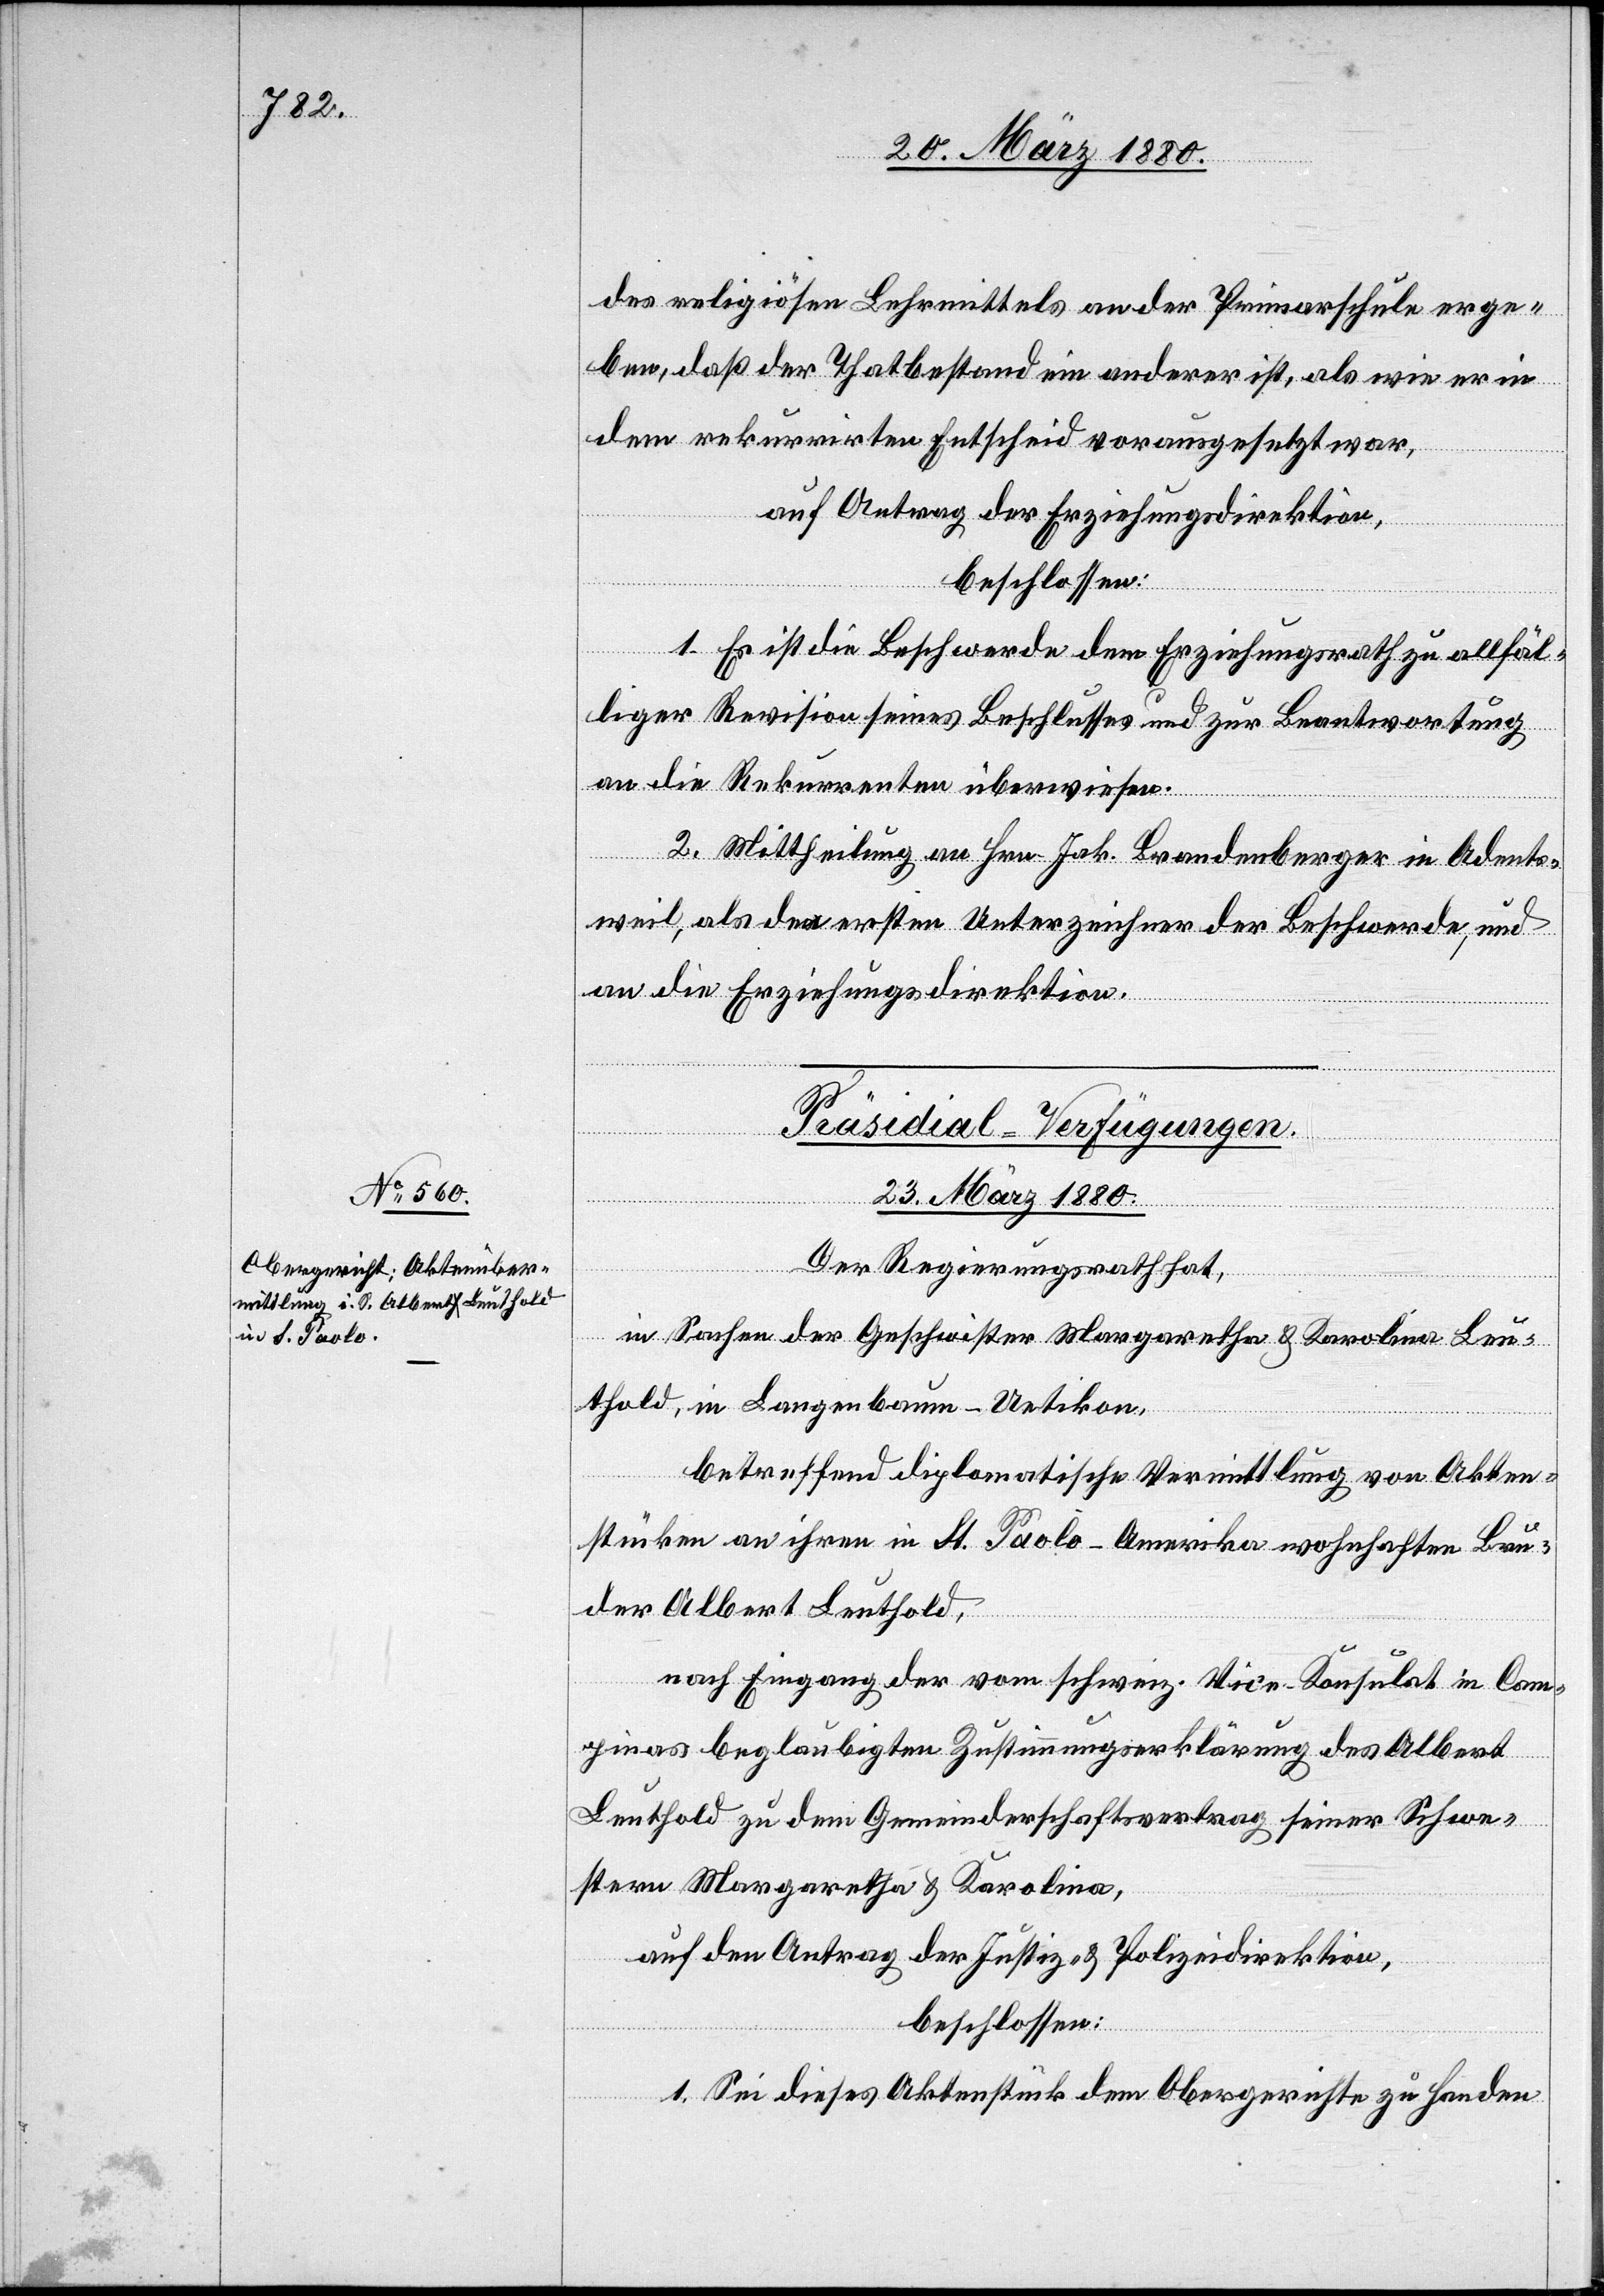
des religiösen Lehrmittels an der Primarschule erge¬
ben, daß der Thatbestand ein anderer ist, als wie er in
dem rekurrirten Entscheid vorausgesetzt war,
auf Antrag der Erziehungsdirektion,
beschlossen:
1. Es ist die Beschwerde dem Erziehungsrath zu allfäl¬
liger Revision seines Beschlusses und zur Beantwortung
an die Rekurrenten überwiesen.
2. Mittheilung an Hrn. Jak. Brandenberger in Adents¬
weil, als den ersten Unterzeichner der Beschwerde, und
an die Erziehungsdirektion.
Präsidial-Verfügungen
23. März 1880.
Der Regierungsrath hat,
in Sachen der Geschwister Margaretha & Karolina Leu¬
thold, in Langenbaum - Uetikon,
betreffend diplomatische Vermittlung von Akten¬
stücken an ihren in St. Paolo - Amerika wohnhaften Bru¬
der Albert Leuthold,
nach Eingang der vom schweiz. Vice-Konsulat in Cam¬
pinas beglaubigten Zustimmungserklärung des Albert
Leuthold zu dem Gemeinderschaftsvertrag seiner Schwe¬
stern Margaretha & Karolina,
auf den Antrag der Justiz- & Polizeidirektion,
beschlossen:
1. Sei dieses Aktenstück dem Obergerichte zu Handen